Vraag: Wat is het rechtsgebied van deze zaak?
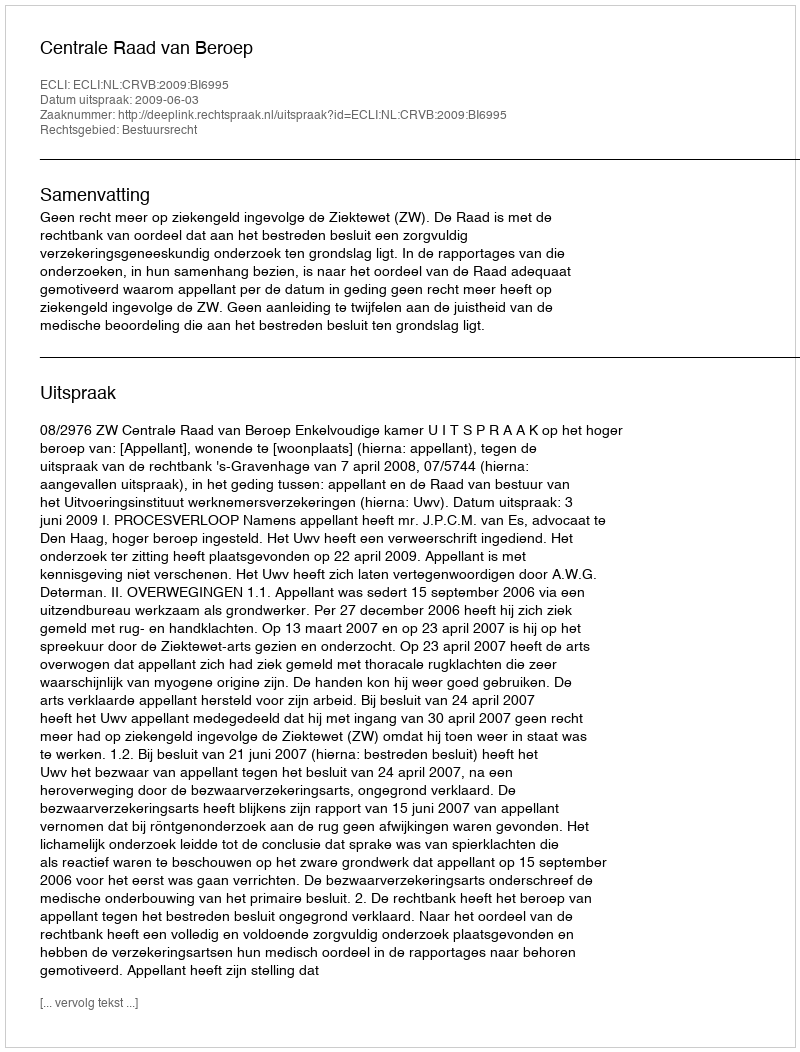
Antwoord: Bestuursrecht